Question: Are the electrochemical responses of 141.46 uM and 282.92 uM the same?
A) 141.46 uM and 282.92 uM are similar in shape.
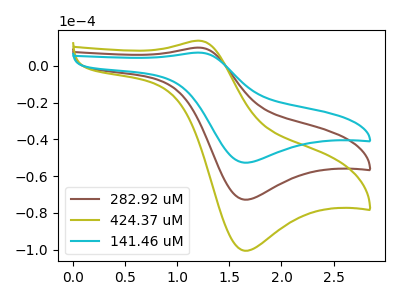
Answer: <think>The brown curve "282.92 uM" has an anodic peak at (1.20V, 9.85uA) and a cathodic peak at (1.65V, -72.80uA). The olive curve "424.37 uM" has an anodic peak at (1.20V, 19.70uA) and a cathodic peak at (1.65V, -145.55uA). The cyan curve "141.46 uM" has an anodic peak at (1.20V, 7.15uA) and a cathodic peak at (1.65V, -52.70uA).
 All the peaks in "141.46 uM" have a peak in "282.92 uM" at the same potential. Every peak in "141.46 uM" is lower than every peak in "282.92 uM".</think>
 <answer>A) "141.46 uM" and "282.92 uM" are similar in shape.</answer>
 <eval>A</eval>